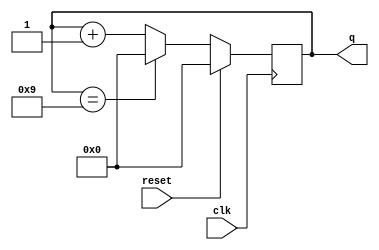
module top_module (
    input clk,
    input reset,        // Synchronous active-high reset
    output [3:0] q);
	
    reg [3:0] count;
    
    always @(posedge clk) begin
        if(reset) 
            count<=0;
        else if(count==9)
            count<=0;
        else
            count<=count+1;
    end
    
    assign q = count;
endmodule